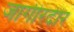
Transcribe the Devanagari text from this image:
जागीरदीर